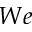
W e